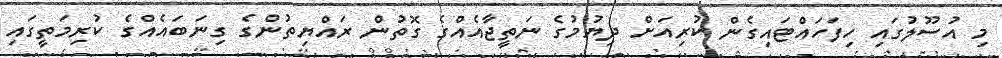
މި އުސޫލުގައި ހިފަހައްޓައިގެން ކުރިއަށް ދިޔުމުގެ ނަތީޖާއެއްގެ ގޮތުން ރައްޔިތުންގެ ގިނަބައެއްގެ ކުރިމަތީގައި